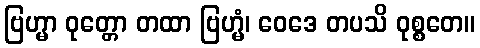
ဗြဟ္မာ ဝုတ္တော တထာ ဗြဟ္မံ၊ ဝေဒေ တပသိ ဝုစ္စတေ။